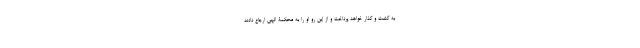
به گشت و گذار خواهد پرداخت و از این رو او را به محکمۀ الهی ارجاع دادند